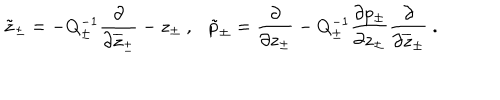
\tilde { z } _ { \pm } = - Q _ { \pm } ^ { - 1 } \displaystyle \displaystyle \frac { \partial } { \partial \overline { { { z } } } _ { \pm } } - z _ { \pm } ~ , \tilde { p } _ { \pm } = \displaystyle \displaystyle \frac { \partial } { \partial z _ { \pm } } - Q _ { \pm } ^ { - 1 } \displaystyle \frac { \partial p _ { \pm } } { \partial z _ { \pm } } \displaystyle \displaystyle \frac { \partial } { \partial \overline { { { z } } } _ { \pm } } ~ .